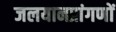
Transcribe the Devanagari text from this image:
जलयानप्रांगणों